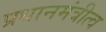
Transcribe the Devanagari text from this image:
प्रधानमंत्रीत्व